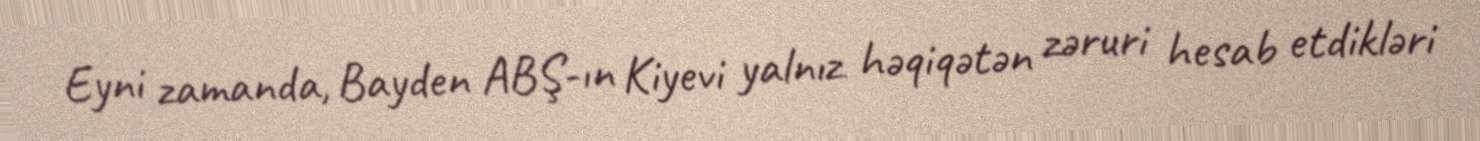
Eyni zamanda, Bayden ABŞ-ın Kiyevi yalnız həqiqətən zəruri hesab etdikləri